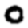
Digit: 0